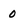
Character: 0